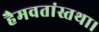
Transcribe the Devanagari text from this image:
हैमवतांस्तथा।